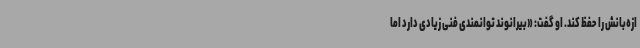
ازه‌بانش را حفظ کند. او گفت: «بیرانوند توانمندی فنی زیادی دارد اما